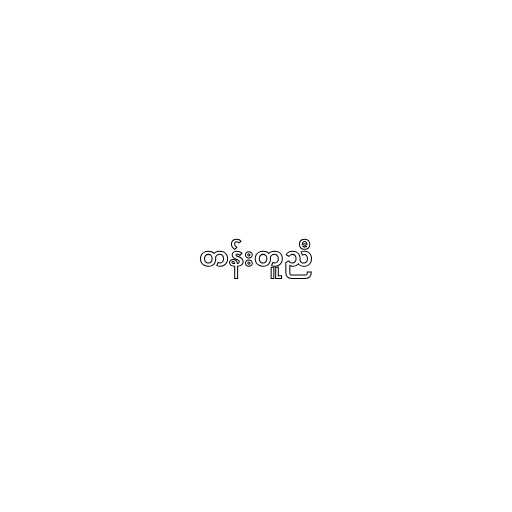
တန်းတူညီ